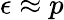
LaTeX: \epsilon\approx p